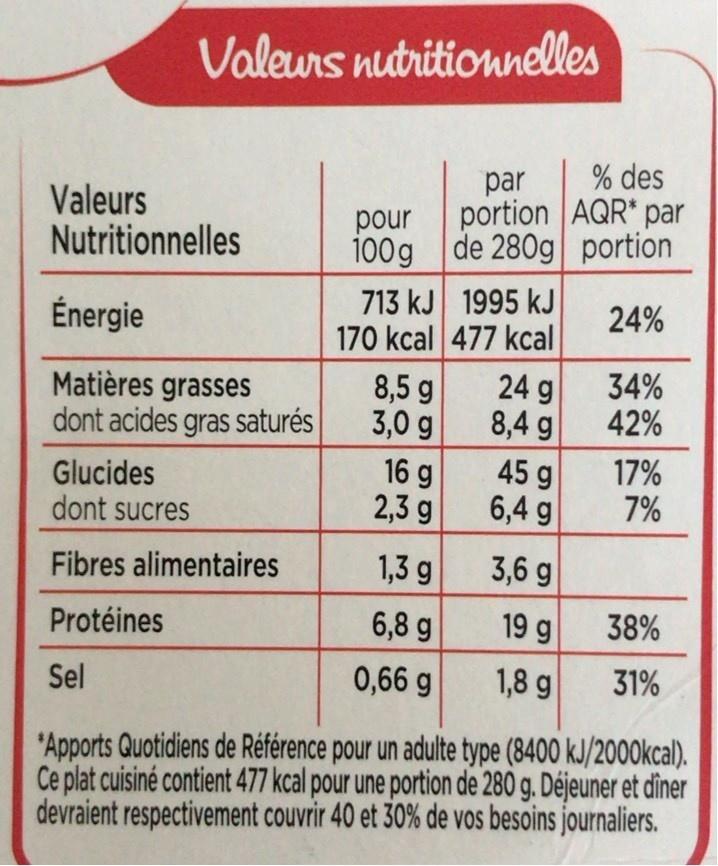
Valeurs nutritionnelles
par
% des
Valeurs Nutritionnelles
portion AQR* par
pour 100g de 280g portion 713 kJ 1995 kJ 170 kcal 477 kcal
Énergie
24%
34% 42%
24 g 8,4 g 45 g 6,4 g
Matières grasses dont acides gras saturés
8,5 g 3,0 g
Glucides dont sucres
16 g 2,3 g
17% 7%
Fibres alimentaires
1,3 g
3,6 g
19 g 1,8 g
Protéines
6,8 g
38%
Sel
0,66 g
31%
"Apports Quotidiens de Référence pour un adulte type (8400 kJ/2000kcal). Ce plat cuisiné contient 477 kcal pour une portion de 280 g. Déjeuner et dîner devraient respectivement couvrir 40 et 30% de vos besoins journaliers.